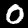
Label: 0